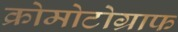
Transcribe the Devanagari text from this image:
क्रोमोटोग्राफ